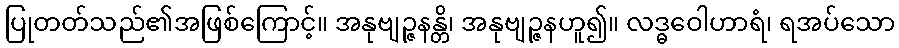
ပြုတတ်သည်၏အဖြစ်ကြောင့်။ အနုဗျဉ္ဇနန္တိ၊ အနုဗျဉ္ဇနဟူ၍။ လဒ္ဓဝေါဟာရံ၊ ရအပ်သော